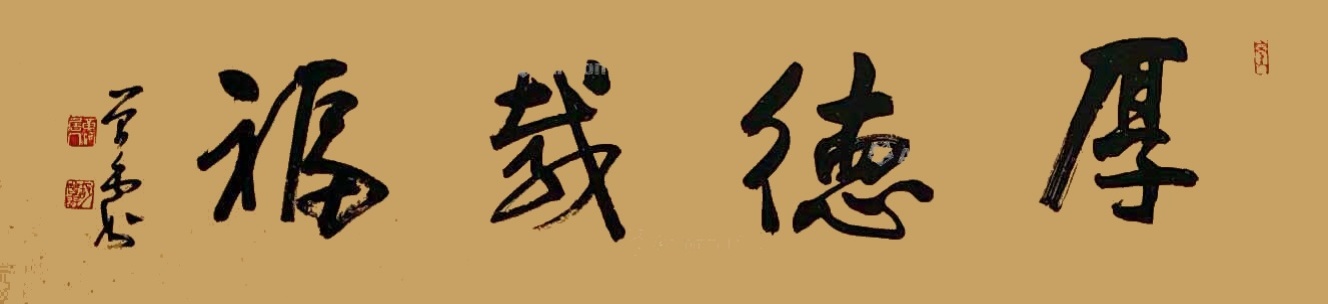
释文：厚德载福胡曾禹